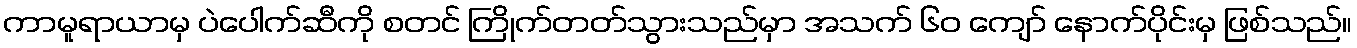
ကာမူရာယာမှ ပဲပေါက်ဆီကို စတင် ကြိုက်တတ်သွားသည်မှာ အသက် ၆၀ ကျော် နောက်ပိုင်းမှ ဖြစ်သည်။